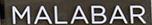
malabar